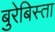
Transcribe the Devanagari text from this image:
बुरेबिस्ता